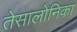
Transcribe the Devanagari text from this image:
तेसालोनिका